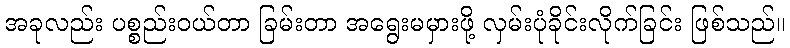
အခုလည်း ပစ္စည်းဝယ်တာ ခြမ်းတာ အရွေးမမှားဖို့ လှမ်းပုံခိုင်းလိုက်ခြင်း ဖြစ်သည်။